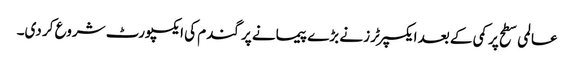
عالمی سطح پر کمی کے بعد ایکسپرٹرز نے بڑے پیمانے پر گندم کی ایکسپورٹ شروع کر دی۔